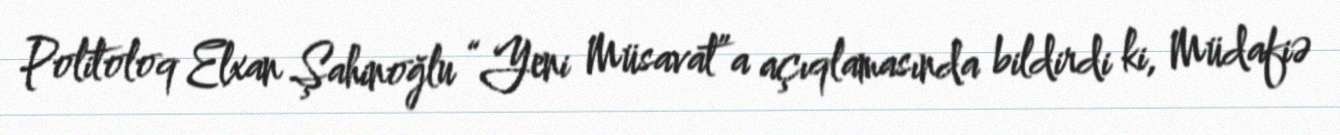
Politoloq Elxan Şahinoğlu “Yeni Müsavat”a açıqlamasında bildirdi ki, Müdafiə